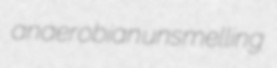
anaerobian unsmelling